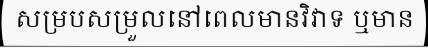
សម្របសម្រួលនៅពេលមានវិវាទ ឬមាន